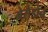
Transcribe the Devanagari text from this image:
मेसेडोन